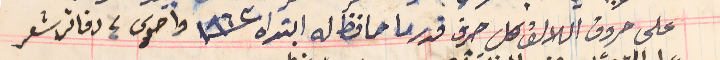
على حروف اللالف كل حرف قدر ما حافظ له ابتداه سنة ١٩٦٢ واخرى ٤ دفاتر شعر